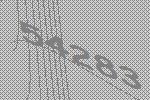
54283